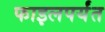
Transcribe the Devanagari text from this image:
फाइलपर्यंत